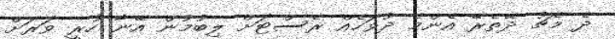
ދެ މެޗު ދޭތެރޭ އެންމެ ދުވަހެއް ރެސްޓަށް ލިބުމުން އޭނާ ހުރީ ވަރަށް